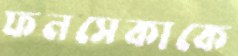
ফনসেকাকে